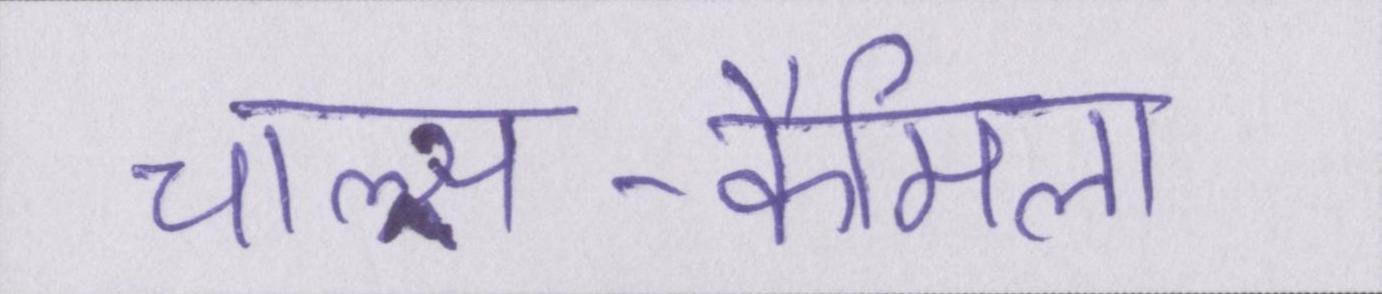
चाल्र्स-कैमिला